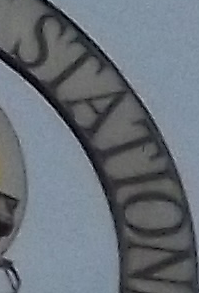
STATION